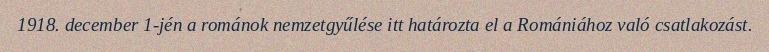
1918. december 1-jén a románok nemzetgyűlése itt határozta el a Romániához való csatlakozást.